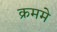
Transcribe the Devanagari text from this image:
क्रममे